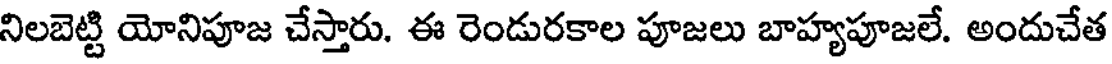
నిలబెట్టి యోనిపూజ చేస్తారు. ఈ రెండురకాల పూజలు బాహ్యపూజలే. అందుచేత